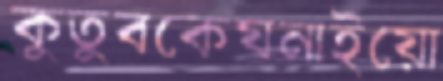
কুতুবকেঘনাইয়ো